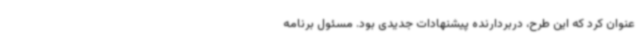
عنوان کرد که این طرح، دربردارنده پیشنهادات جدیدی بود. مسئول برنامه